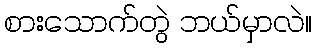
စားသောက်တွဲ ဘယ်မှာလဲ။